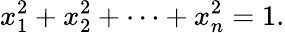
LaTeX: x_{1}^{2}+x_{2}^{2}+\cdots+x_{n}^{2}=1.